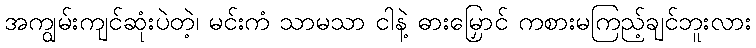
အကျွမ်းကျင်ဆုံးပဲတဲ့၊ မင်းကံ သာမသာ ငါနဲ့ ဓားမြှောင် ကစားမကြည့်ချင်ဘူးလား